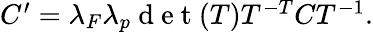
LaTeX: \begin{array}{r}{C^{\prime}=\lambda_{F}\lambda_{p}\mathrm{~d~e~t~}(T)T^{-T}CT^{-1}.}\end{array}